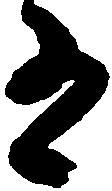
有